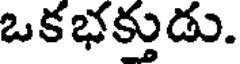
ఒకభక్తుడు.